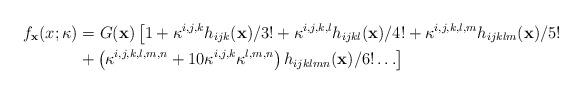
LaTeX: \begin{align*}f_{\mathbf{x}}(x;\kappa) &= G(\mathbf{x})\left[ 1+ \kappa^{i,j,k} h_{ijk}(\mathbf{x})/3! + \kappa^{i,j,k,l} h_{ijkl}(\mathbf{x})/4! + \kappa^{i,j,k,l,m} h_{ijklm}(\mathbf{x})/5! \right. \\& \left. + \left( \kappa^{i,j,k,l,m,n} + 10\kappa^{i,j,k}\kappa^{l,m,n} \right) h_{ijklmn}(\mathbf{x})/6!\ldots \right] \end{align*}